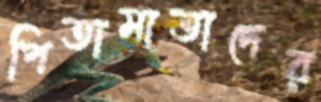
পিতামাতাদের